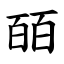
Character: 皕